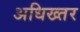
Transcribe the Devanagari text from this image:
अधिख्तर